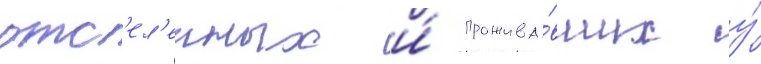
отс'ел'енных и́ прожива́вших у́